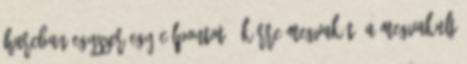
harcban egyszer egy célpontot 3 körre megvakít, a megvakult